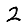
Digit: 2